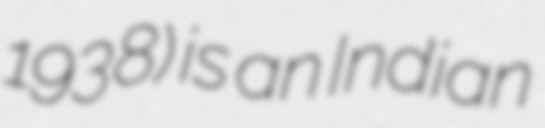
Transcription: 1938) is an Indian